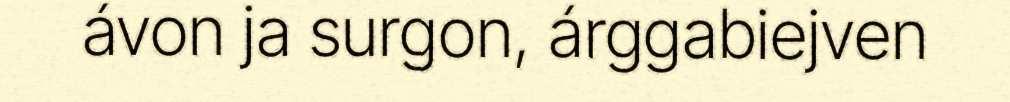
ávon ja surgon, árggabiejven